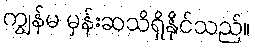
ကျွန်မ မှန်းဆသိရှိနိုင်သည်။